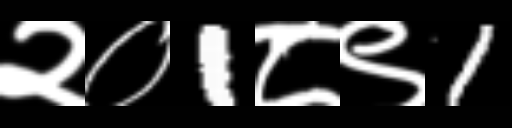
Text: २०1८९1